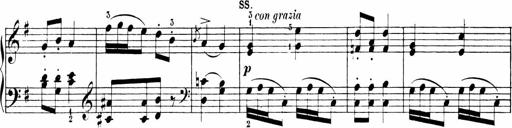
Title: Sonatinen Op.47, 98 und 136, nebst 6 Liedersonatinen
Composer: Carl Reinecke